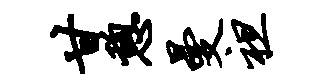
甘憩曼袒